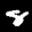
Label: 8